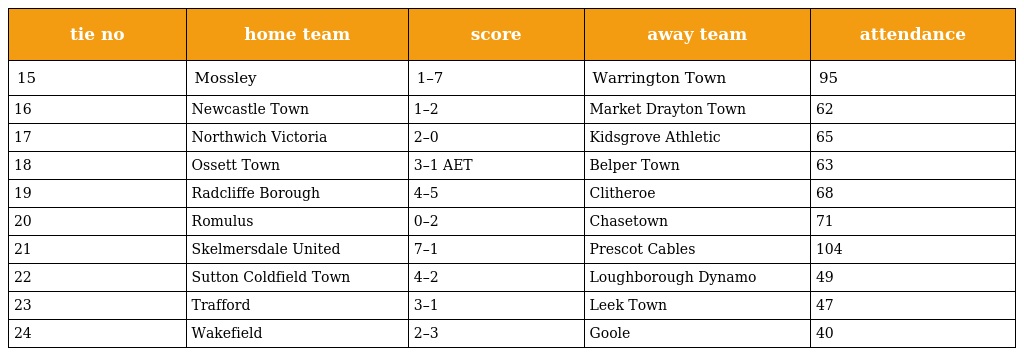
| tie no | home team | score | away team | attendance |
 | --- | --- | --- | --- | --- |
 | 15 | Mossley | 1–7 | Warrington Town | 95 |
 | 16 | Newcastle Town | 1–2 | Market Drayton Town | 62 |
 | 17 | Northwich Victoria | 2–0 | Kidsgrove Athletic | 65 |
 | 18 | Ossett Town | 3–1 AET | Belper Town | 63 |
 | 19 | Radcliffe Borough | 4–5 | Clitheroe | 68 |
 | 20 | Romulus | 0–2 | Chasetown | 71 |
 | 21 | Skelmersdale United | 7–1 | Prescot Cables | 104 |
 | 22 | Sutton Coldfield Town | 4–2 | Loughborough Dynamo | 49 |
 | 23 | Trafford | 3–1 | Leek Town | 47 |
 | 24 | Wakefield | 2–3 | Goole | 40 |